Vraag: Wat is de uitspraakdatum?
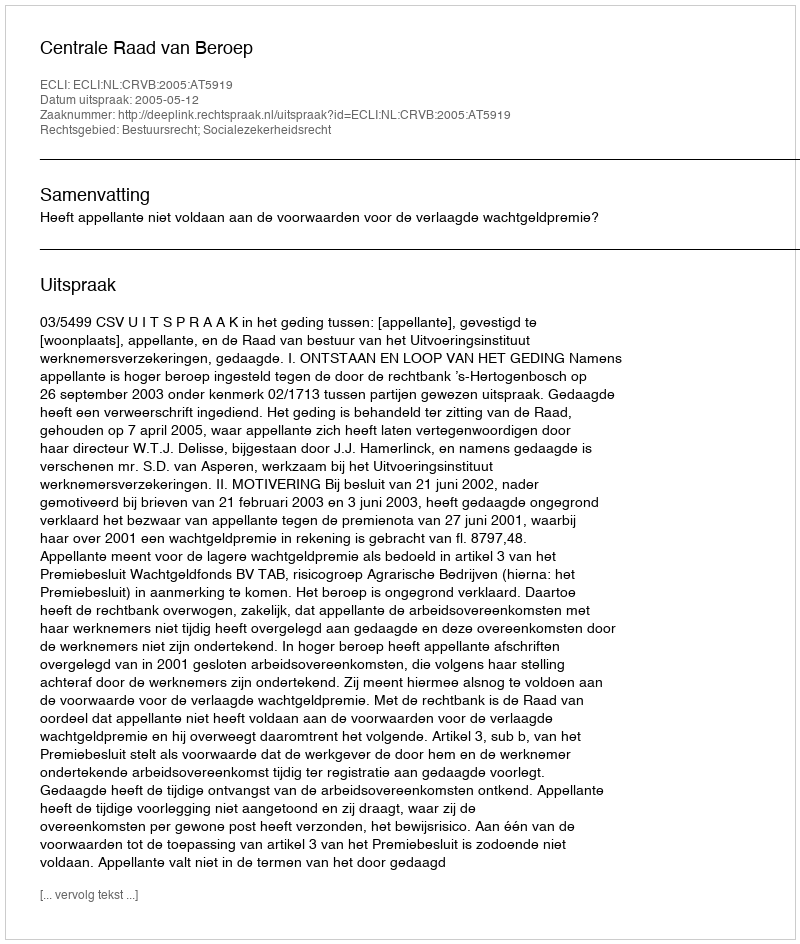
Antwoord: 2005-05-12